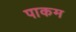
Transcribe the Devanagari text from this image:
पाकम